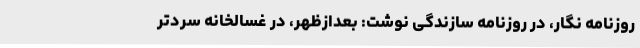
روزنامه نگار، در روزنامه سازندگی نوشت: بعدازظهر، در غسالخانه سردتر